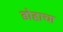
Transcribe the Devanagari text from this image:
डोहाचा